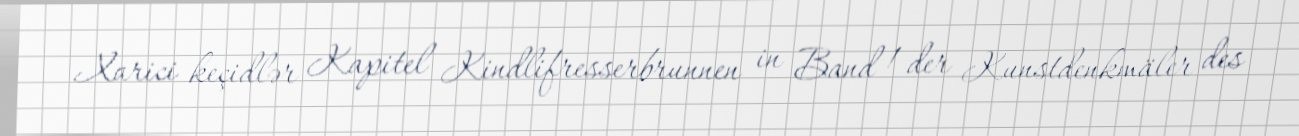
Xarici keçidlər Kapitel Kindlifresserbrunnen in Band 1 der Kunstdenkmäler des